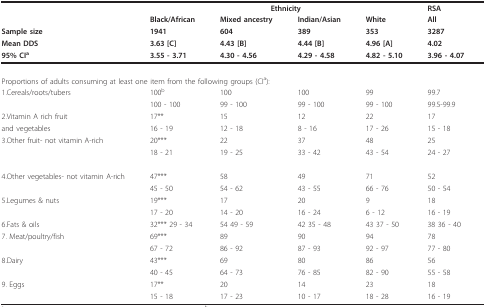
|  | <COLSPAN=4> Ethnicity | RSA |
 |  | Black/African | Mixed ancestry | Indian/Asian | White | All |
 | Sample size | 1941 | 604 | 389 | 353 | 3287 |
 | Mean DDS | 3.63 [C] | 4.43 [B] | 4.44 [B] | 4.96 [A] | 4.02 |
 | 95% CIa | 3.55 - 3.71 | 4.30 - 4.56 | 4.29 - 4.58 | 4.82 - 5.10 | 3.96 - 4.07 |
 | --- | --- | --- | --- | --- | --- |
 | <COLSPAN=6> Proportions of adults consuming at least one item from the following groups (CIa): |
 | 1.Cereals/roots/tubers | 100b | 100 | 100 | 99 | 99.7 |
 |  | 100 - 100 | 99 - 100 | 99 - 100 | 99 - 100 | 99.5-99.9 |
 | 2.Vitamin A rich fruit | 17** | 15 | 12 | 22 | 17 |
 | and vegetables | 16 - 19 | 12 - 18 | 8 - 16 | 17 - 26 | 15 - 18 |
 | 3.Other fruit- not vitamin A-rich | 20*** | 22 | 37 | 48 | 25 |
 |  | 18 - 21 | 19 - 25 | 33 - 42 | 43 - 54 | 24 - 27 |
 | 4.Other vegetables- not vitamin A-rich | 47*** | 58 | 49 | 71 | 52 |
 |  | 45 - 50 | 54 - 62 | 43 - 55 | 66 - 76 | 50 - 54 |
 | 5.Legumes & nuts | 19*** | 17 | 20 | 9 | 18 |
 |  | 17 - 20 | 14 - 20 | 16 - 24 | 6 - 12 | 16 - 19 |
 | 6.Fats & oils | 32*** 29 - 34 | 54 49 - 59 | 42 35 - 48 | 43 37 - 50 | 38 36 - 40 |
 | 7. Meat/poultry/fish | 69*** | 89 | 90 | 94 | 78 |
 |  | 67 - 72 | 86 - 92 | 87 - 93 | 92 - 97 | 77 - 80 |
 | 8.Dairy | 43*** | 69 | 80 | 86 | 56 |
 |  | 40 - 45 | 64 - 73 | 76 - 85 | 82 - 90 | 55 - 58 |
 | 9. Eggs | 17** | 20 | 14 | 23 | 18 |
 |  | 15 - 18 | 17 - 23 | 10 - 17 | 18 - 28 | 16 - 19 |